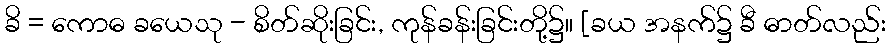
ခိ = ကောဓ ခယေသု - စိတ်ဆိုးခြင်း, ကုန်ခန်းခြင်းတို့၌။ [ခယ အနက်၌ ခီ ဓာတ်လည်း